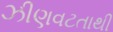
ઝીણવટતાથી